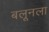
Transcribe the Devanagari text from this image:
बलूनला